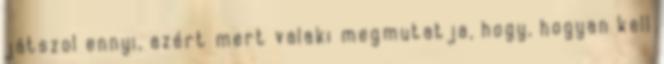
játszol ennyi, azért mert valaki megmutatja, hogy, hogyan kell